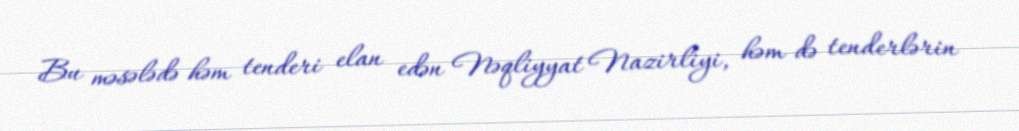
Bu məsələdə həm tenderi elan edən Nəqliyyat Nazirliyi, həm də tenderlərin